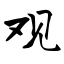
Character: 观